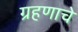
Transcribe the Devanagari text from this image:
ग्रहणाचे